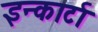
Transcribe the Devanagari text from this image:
इन्कार्टा